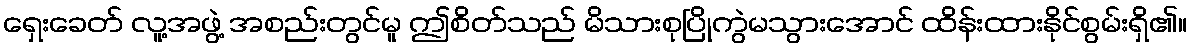
ရှေးခေတ် လူ့အဖွဲ့ အစည်းတွင်မူ ဤစိတ်သည် မိသားစုပြိုကွဲမသွားအောင် ထိန်းထားနိုင်စွမ်းရှိ၏။